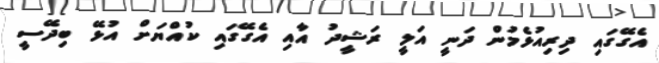
އެގޭގައި ދިރިއުޅެމުން ދަނީ އަލީ ރަޝީދު އާއި އެގޭގައި ކުއްޔަށް އުޅޭ ބިދޭސީ